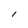
Character: l